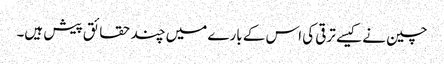
چین نے کیسے ترقی کی اس کے بارے میں چند حقائق پیش ہیں۔